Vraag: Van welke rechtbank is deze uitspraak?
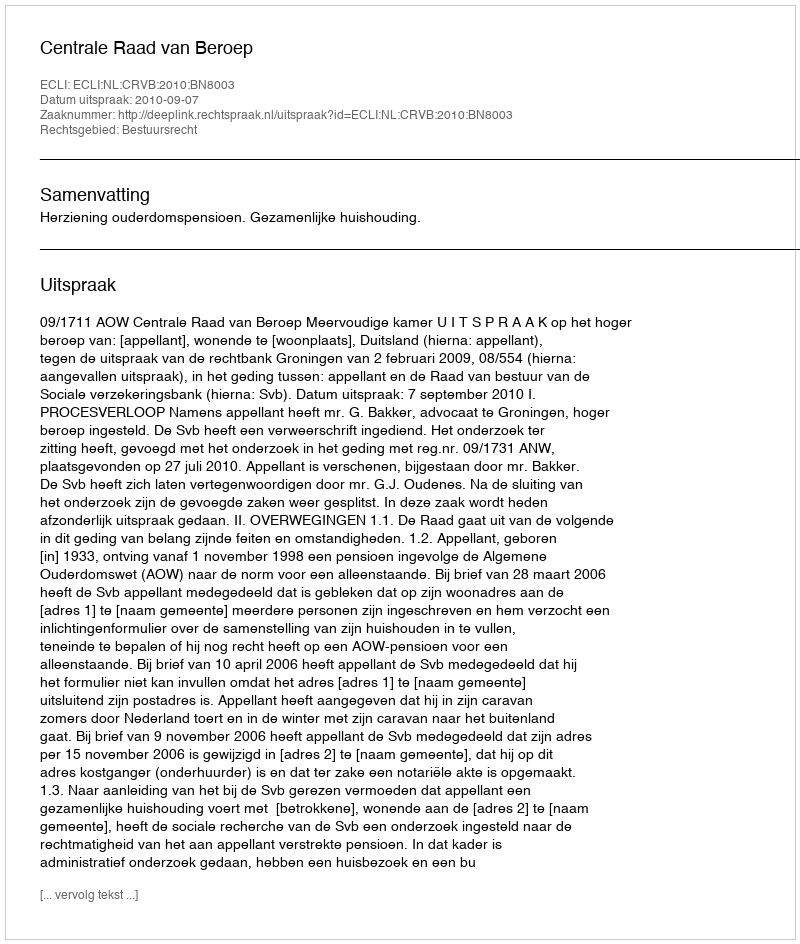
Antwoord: Centrale Raad van Beroep